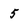
Character: 5